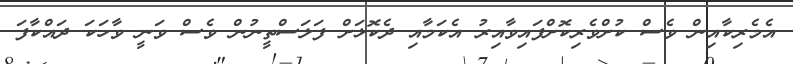
އެމެރިކާއިން ވެސް ކުށްވެރިކޮށްފައިވާއިރު އެކަމާއި ދެކޮޅަށް ފަލަސްތީނުން ވެސް ވަނީ ވާހަކަ ދައްކާފަ